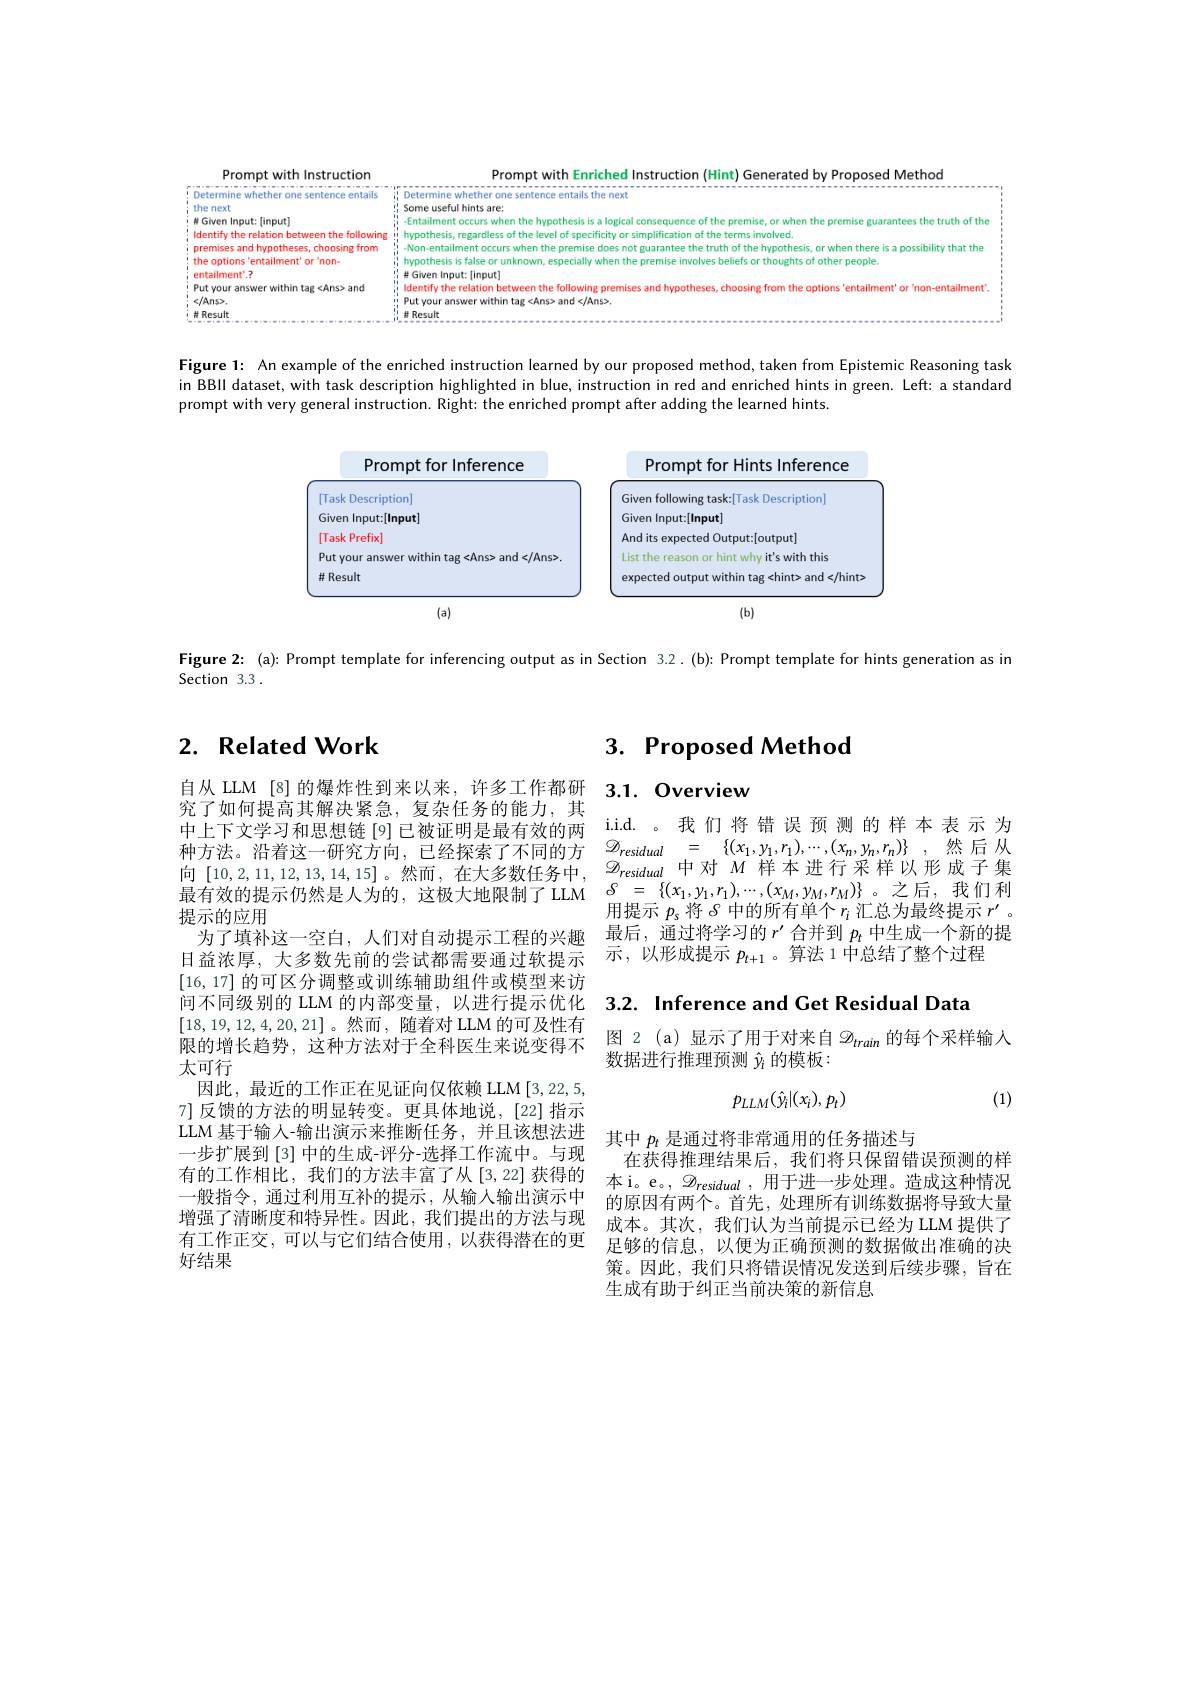
Prompt with Enriched Instruc

ii Some useful hints a

hypothesis, regardless of th

Non-entailment occurs when t

Prompt with Instruction
the next
M Given Input:[input]
Identify the relation betwee premises and hypotheses, cho the options 'entailment' or
entailment'.?
Put your answer within tag <
$\because</$Ans>, $i_{m-m-m-m-m}$

i, hypothesis is false or un

$\therefore\#$Given Input:[input]

$i_i^{\prime\prime}$ ldentify the rela

i Put your answer within tag

$\begin{array}{c}{1}\\{1}\\{1}\\{1}\\{1}\\{1}\end{array}$

Figure 1: An example of the

in BBIl dataset, with task d

prompt with very general ins

<FigureHere>

Figure 2: (a): Prompt templa

Section 3.3 .

# 2. Related Work

究了如何提高其解决紧急，复杂任务的能力，其中上下文学习和思想链[9]已被证明是最有效的两种方法。沿着这一研究方向，已经探索了不同的方提示的应用
为了填补这一空白，人们对自动提示工程的兴趣日益浓厚，大多数先前的尝试都需要通过软提示[16,17]的可区分调整或训练辅助组件或模型来访问不同级别的 LLM 的内部变量，以进行提示优化[18,19,12,4,20,21]。然而，随限的增长趋势，这种方法对于全科医生来说变得不太可行
因此，最近的工作正在见证向仅依赖 LLM [3,22, 7]反馈的方法的明显转变。更具体地说，[22]指示LLM 基于输人-输出演示来推断任务，并且该想法进一步扩展到 [3] 中的生成-评分-选择工作流中。与现有的工作相比，我们的方法丰富了从[3,22] 获得的一般指令，通过利用互补的提示，从输入输出演示中增强了清晰度和特异性。因此，我们提出的方法与现有工作正交，可以与它们结合使用，以获得潜在的更好结果

# 3. Proposed Method

自从 LLM [8]的爆炸性到来以来，许多工作都研 3.1. Overview

i.i.d. 。我们将错误预测的样本表示为$\mathscr{D} _{residual}$ = $\{ ( x_{1}, y$
何[10,2,11,12,13,14,15]。然量 有 效 的 提 示 仍 然 是 人 为 的 , 这 极 大 地 限 制 了 LLM $\delta = \left \{ ( x_{1}, y_{1}, r_{1}) , \cdots , ( x_{M}, y_{M}, r_{M}) \right \}$ 。之 后 , 我 们 利 最 有 效 的 提 示 仍 然 是 人 为 的 , 这 极 大 地 限 制 了 LLM $\delta = \left \{ ( x_{1}, y_{1}, r_{1}) , \cdots , ( x_{M}, y_{M}, r_{M}) \right \}$ 。之 后 , 我 们 利
用提示$p_\mathrm{s}$将$\delta$中的所有单个$r$ 最后，通过将学习的$r^\prime$合并到$p_t$中示，以形成提示$p_t+1$ 。算法 1 中总结了整个

3.2. Inference and Get Resid

图 2 (a) 显示了用于对来自$\mathscr{D}_train$
数据进行推理预测$\hat{y}_i$的模板：
$$p_{LLM}(\hat{y}_{i}|(x_{i}),p_{t})$$
(1)

其中$p_t$是通过将非常通用的任务描述与
在获得推理结果后，我们将只保留错误预测的样本i。e。, $\mathscr{D}_{residual}$,用于的原因有两个。首先，处理所有训练数据将导致大量成本。其次，我们认为当前提示已经为 LLM 提供了足够的信息，以便为正确预测的数据做出准确的决策。因此，我们只将错误情况发送到后续步骤，旨在生成有助于纠正当前决策的新信息